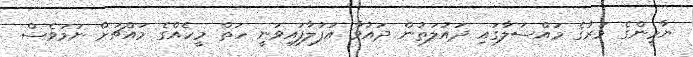
ޔާމީންގެ މަރުގެ މައްސަލާގައި ދައުލަތުން ދައުވާ އުފުލާފައިވަނީ ހަތް މީހެއްގެ މައްޗަށް ނަމަވެސް